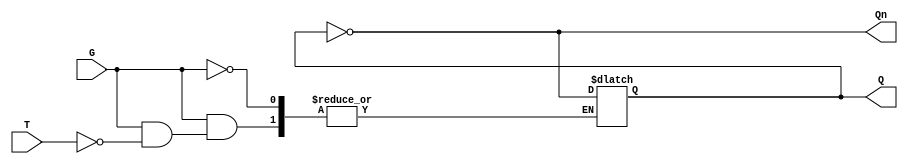
module gated_t_latch (
    input wire T,     // Toggle input
    input wire G,     // Gate input
    output reg Q,     // Output
    output wire Qn    // Complement output
);

// Assign Qn as the complement of Q
assign Qn = ~Q;

// Initial state
initial begin
    Q = 1'b0; // Initialize Q to 0 (can also be set to 1 if required)
end

// Always block to describe latch behavior
always @(G, T) begin
    if (G) begin
        if (T) begin
            Q = ~Q;  // Toggle Q when T is high
        end
        // If T is low, Q retains its value
    end
    // If G is low, Q retains its value irrespective of T
end

endmodule